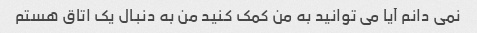
نمی دانم آیا می توانید به من کمک کنید من به دنبال یک اتاق هستم